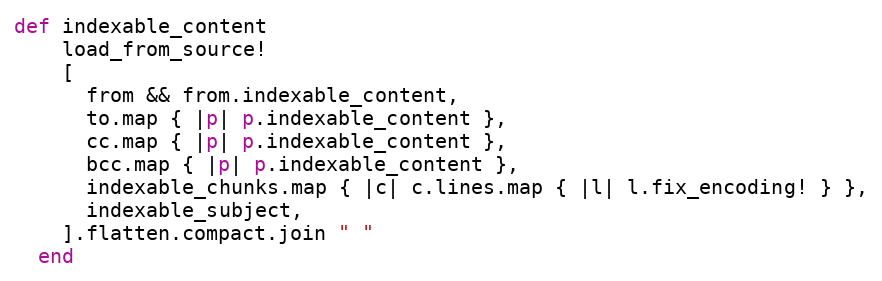
Language: Ruby
def indexable_content
    load_from_source!
    [
      from && from.indexable_content,
      to.map { |p| p.indexable_content },
      cc.map { |p| p.indexable_content },
      bcc.map { |p| p.indexable_content },
      indexable_chunks.map { |c| c.lines.map { |l| l.fix_encoding! } },
      indexable_subject,
    ].flatten.compact.join " "
  end